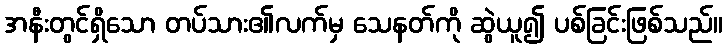
အနီးတွင်ရှိသော တပ်သား၏လက်မှ သေနတ်ကို ဆွဲယူ၍ ပစ်ခြင်းဖြစ်သည်။